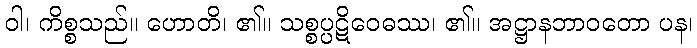
ဝါ၊ ကိစ္စသည်။ ဟောတိ၊ ၏။ သစ္စပ္ပဋိဝေဓဿ၊ ၏။ အဋ္ဌာနဘာဝတော ပန၊